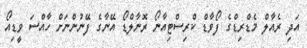
އަދި ރެއާލް މެޑްރިޑްގެ ފޯވާޑް ކްރިސްޓިއާނޯ ރޮނާލްޑޯ އޭނާގެ ފޭނުންނަށް ހާއްސަ ވީޑިއޯ